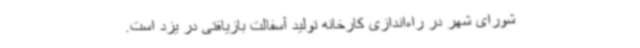
شورای شهر در راه‌اندازی کارخانه تولید آسفالت بازیافتی در یزد است.